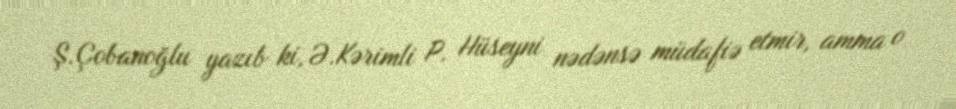
Ş.Çobanoğlu yazıb ki, Ə.Kərimli P. Hüseyni nədənsə müdafiə etmir, amma o